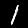
Digit: 1